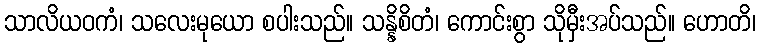
သာလိယဝကံ၊ သလေးမုယော စပါးသည်။ သန္နိစိတံ၊ ကောင်းစွာ သိုမှီးအပ်သည်။ ဟောတိ၊